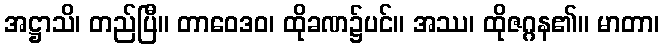
အဋ္ဌာသိ၊ တည်ပြီ။ တာဝေဒဝ၊ ထိုခဏ၌ပင်။ အဿ၊ ထိုဇဂ္ဂန၏။ မာတာ၊